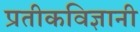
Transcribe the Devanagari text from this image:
प्रतीकविज्ञानी